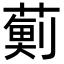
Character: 𮑊